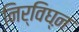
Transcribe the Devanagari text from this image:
निर्विघ्ऩ